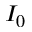
I _ { 0 }